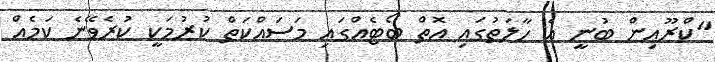
"ކްރޫއިން ބުނީ އެ ހާލަތުގައި އޮތް ބޯޓެއްގައި މަސައްކަތް ކުރުމަކީ ކުރެވޭނެ ކަމެއް